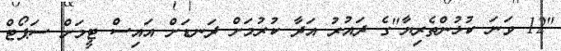
"12 ވަނަ ކުޅުންތެރިޔާ"ގެ ދައުރު އަދާ ކުރުމަށް ދަނޑަށް އައިސް ޓީމަށް ސަޕޯޓް